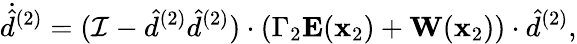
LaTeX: \dot{\hat{d}}^{(2)}=(\mathcal{I}-\hat{d}^{(2)}\hat{d}^{(2)})\cdot(\Gamma_{2}\mathbf{E}(\mathbf{x}_{2})+\mathbf{W}(\mathbf{x}_{2}))\cdot\hat{d}^{(2)},